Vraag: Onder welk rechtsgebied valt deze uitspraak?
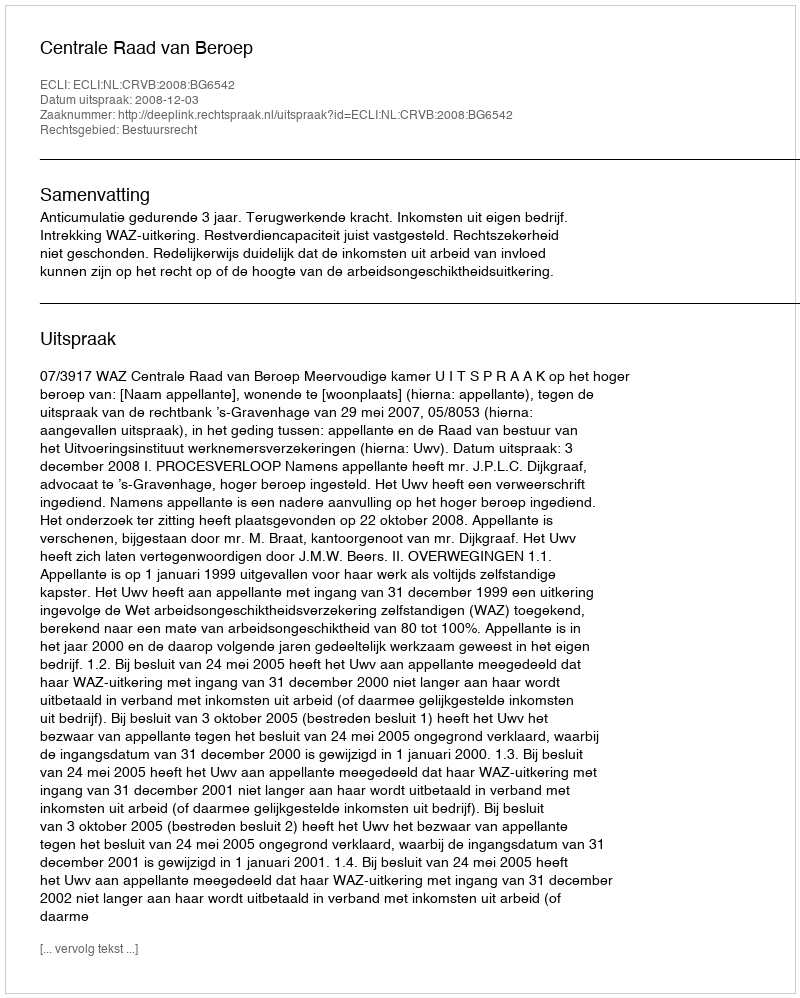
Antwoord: Bestuursrecht